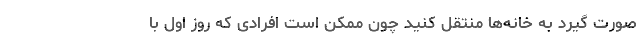
صورت گیرد به خانه‌ها منتقل کنید چون ممکن است افرادی که روز اول با